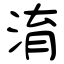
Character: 淯